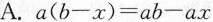
$$A.a(b-x)=ab-ax$$